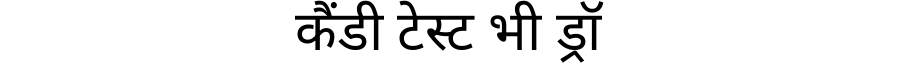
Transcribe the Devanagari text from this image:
कैंडी टेस्ट भी ड्रॉ